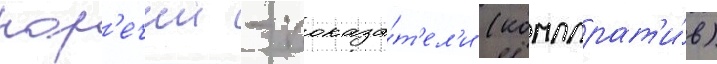
нар'ечии - показа́т'ел'и (компарат'и́в)